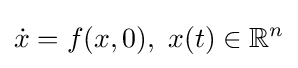
{\dot {x}}=f(x,0),\ x(t)\in \mathbb {R} ^{n}